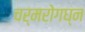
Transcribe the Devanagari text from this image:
चर्मरोगघ्न